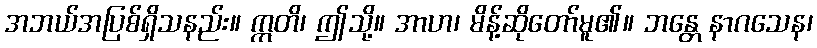
အဘယ်အပြစ်ရှိသနည်း။ ဣတိ၊ ဤသို့။ အာဟ၊ မိန့်ဆိုတော်မူ၏။ ဘန္တေ နာဂသေန၊